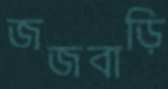
জজবাড়ি